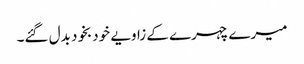
میرے چہرے کے زاویے خودبخود بدل گئے۔